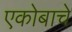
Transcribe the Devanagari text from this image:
एकोबाचे